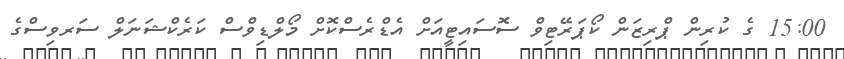
15:00 ގެ ކުރިން ޕްރިޒަން ކޯޕަރޭޓިވް ސޮސައިޓީއަށް އެޑްރެސްކޮށް މޯލްޑިވްސް ކަރެކްޝަނަލް ސަރވިސްގެ